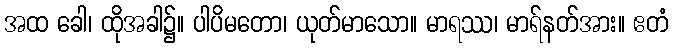
အထ ခေါ၊ ထိုအခါ၌။ ပါပိမတော၊ ယုတ်မာသော။ မာရဿ၊ မာရ်နတ်အား။ ဧတံ